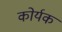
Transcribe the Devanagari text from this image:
कोर्यक